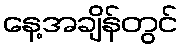
နေ့အချိန်တွင်